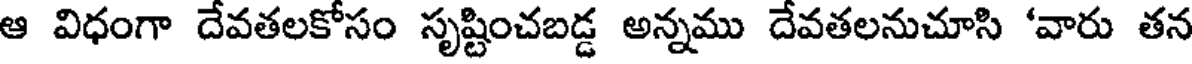
ఆ విధంగా దేవతలకోసం సృష్టించబడ్డ అన్నము దేవతలనుచూసి 'వారు తన